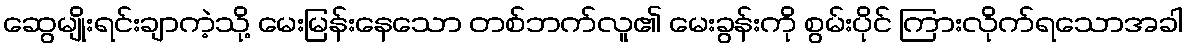
ဆွေမျိုးရင်းချာကဲ့သို့ မေးမြန်းနေသော တစ်ဘက်လူ၏ မေးခွန်းကို စွမ်းပိုင် ကြားလိုက်ရသောအခါ